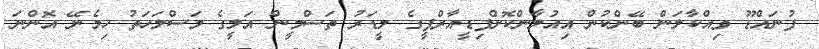
ފުނައްޑޫ ވިއްކާލަން ބޭންކުން އިއުލާންކޮށްފިޑީއާރްޕީގެ ލީޑަރު ތަސްމީން އަލީގެ މަސްލަހަތު ހިމެނޭ އޮންނަ